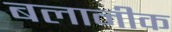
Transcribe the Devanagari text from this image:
बलानीक